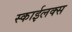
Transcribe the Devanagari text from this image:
स्काईलक्स